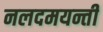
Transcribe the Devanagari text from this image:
नलदमयन्ती